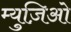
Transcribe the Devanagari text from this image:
म्युज़िओ